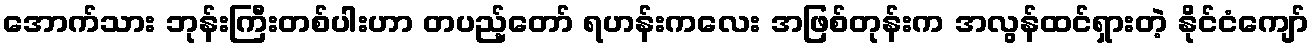
အောက်သား ဘုန်းကြီးတစ်ပါးဟာ တပည့်တော် ရဟန်းကလေး အဖြစ်တုန်းက အလွန်ထင်ရှားတဲ့ နိုင်ငံကျော်